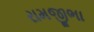
રામજીભા